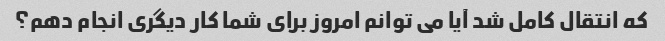
که انتقال کامل شد آیا می توانم امروز برای شما کار دیگری انجام دهم؟